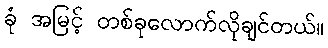
ခုံ အမြင့် တစ်ခုလောက်လိုချင်တယ်။